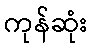
ကုန်ဆုံး